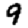
Digit: 9